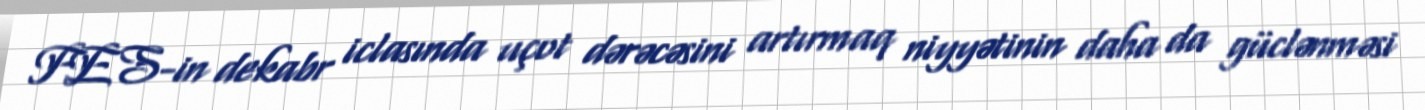
FES-in dekabr iclasında uçot dərəcəsini artırmaq niyyətinin daha da güclənməsi